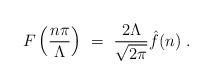
LaTeX: \begin{align*}F\left({n\pi\over\Lambda}\right) \ = \ {2\Lambda\over\sqrt{2\pi}}\hat f(n) \ .\end{align*}